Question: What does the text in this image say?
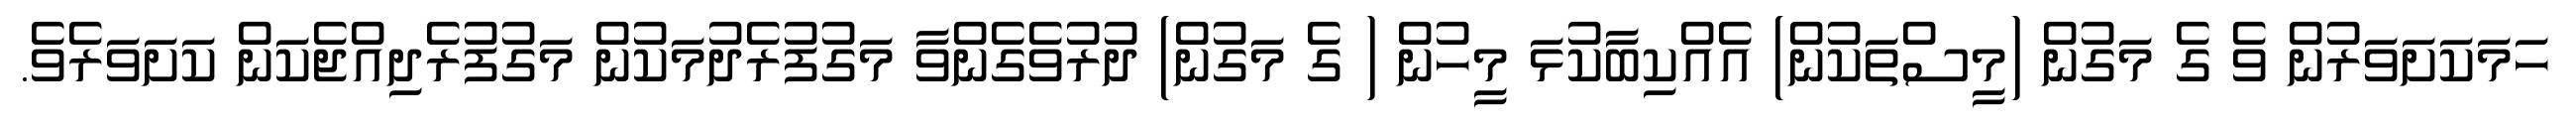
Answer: ހަމަކަށަވަރުން ވެ ގެ މަގުން (މީސްތަކުން) އެއްކިބާކުޅަ މީހުން ( ގެ މަގުން) ދުރުވެގެންވާ މަގުފުރެދުމަކުން މަގުފުރެދިއްޖެކަން ކަށަވަރެވެ.